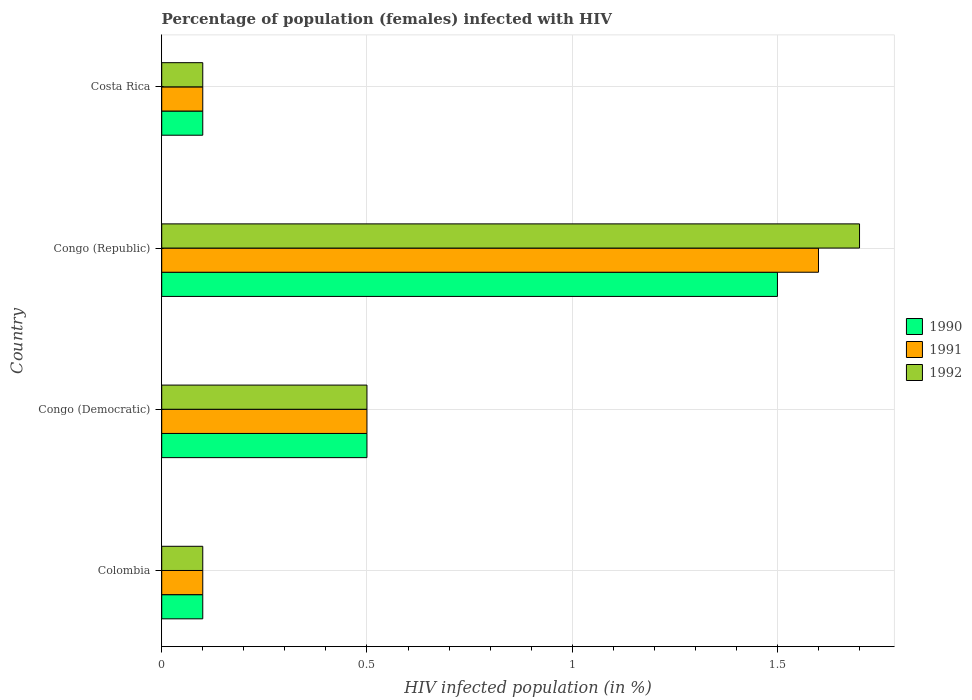
| Country | 1990 | 1991 | 1992 |
 | --- | --- | --- | --- |
 | Colombia | 0.1 | 0.1 | 0.1 |
 | Congo (Democratic) | 0.5 | 0.5 | 0.5 |
 | Congo (Republic) | 1.5 | 1.6 | 1.7 |
 | Costa Rica | 0.1 | 0.1 | 0.1 |